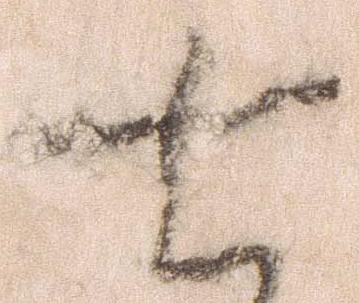
七